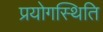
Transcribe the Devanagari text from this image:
प्रयोगस्थिति